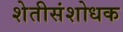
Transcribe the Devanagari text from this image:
शेतीसंशोधक